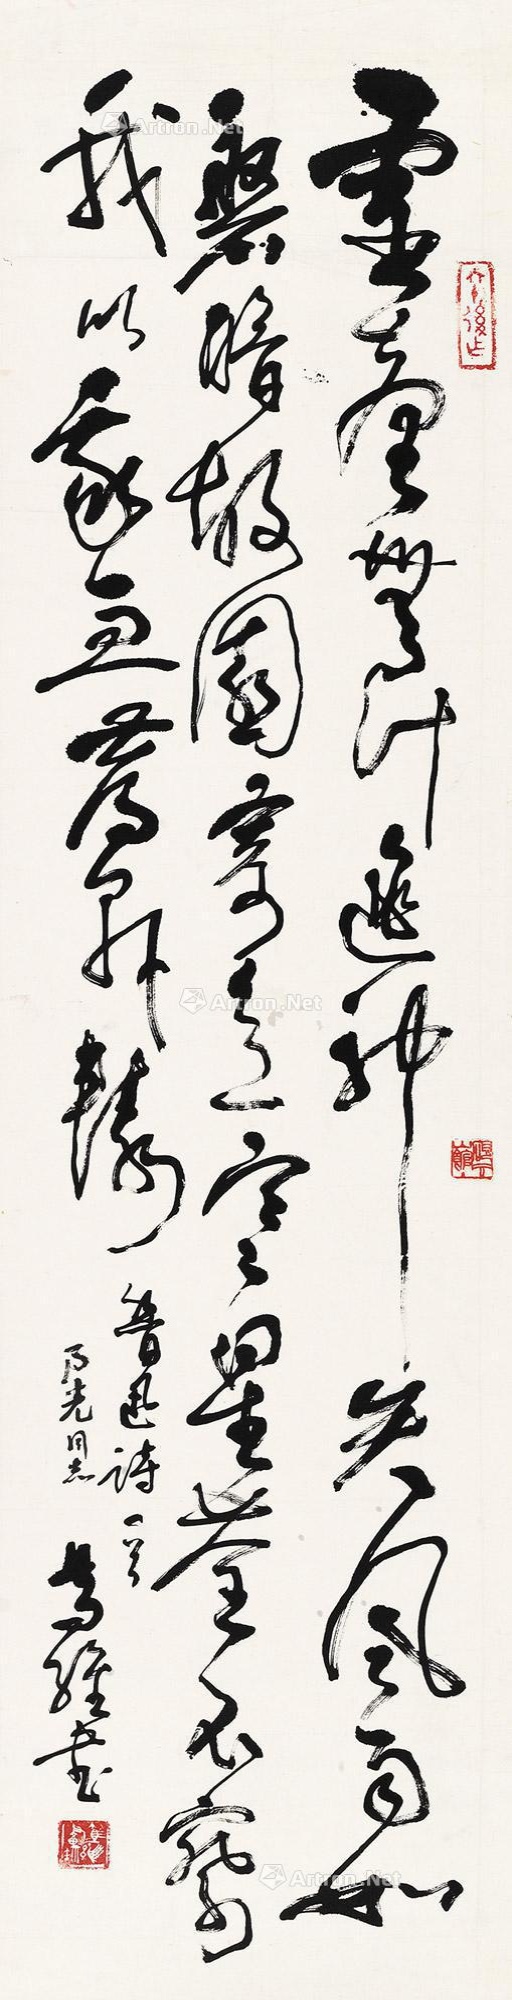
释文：灵台无计逃神矢，风雨如磐暗故园。寄意寒星荃不察，我以我血荐轩辕。鲁迅诗一首，乃光同志，笃维书。